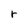
Character: r